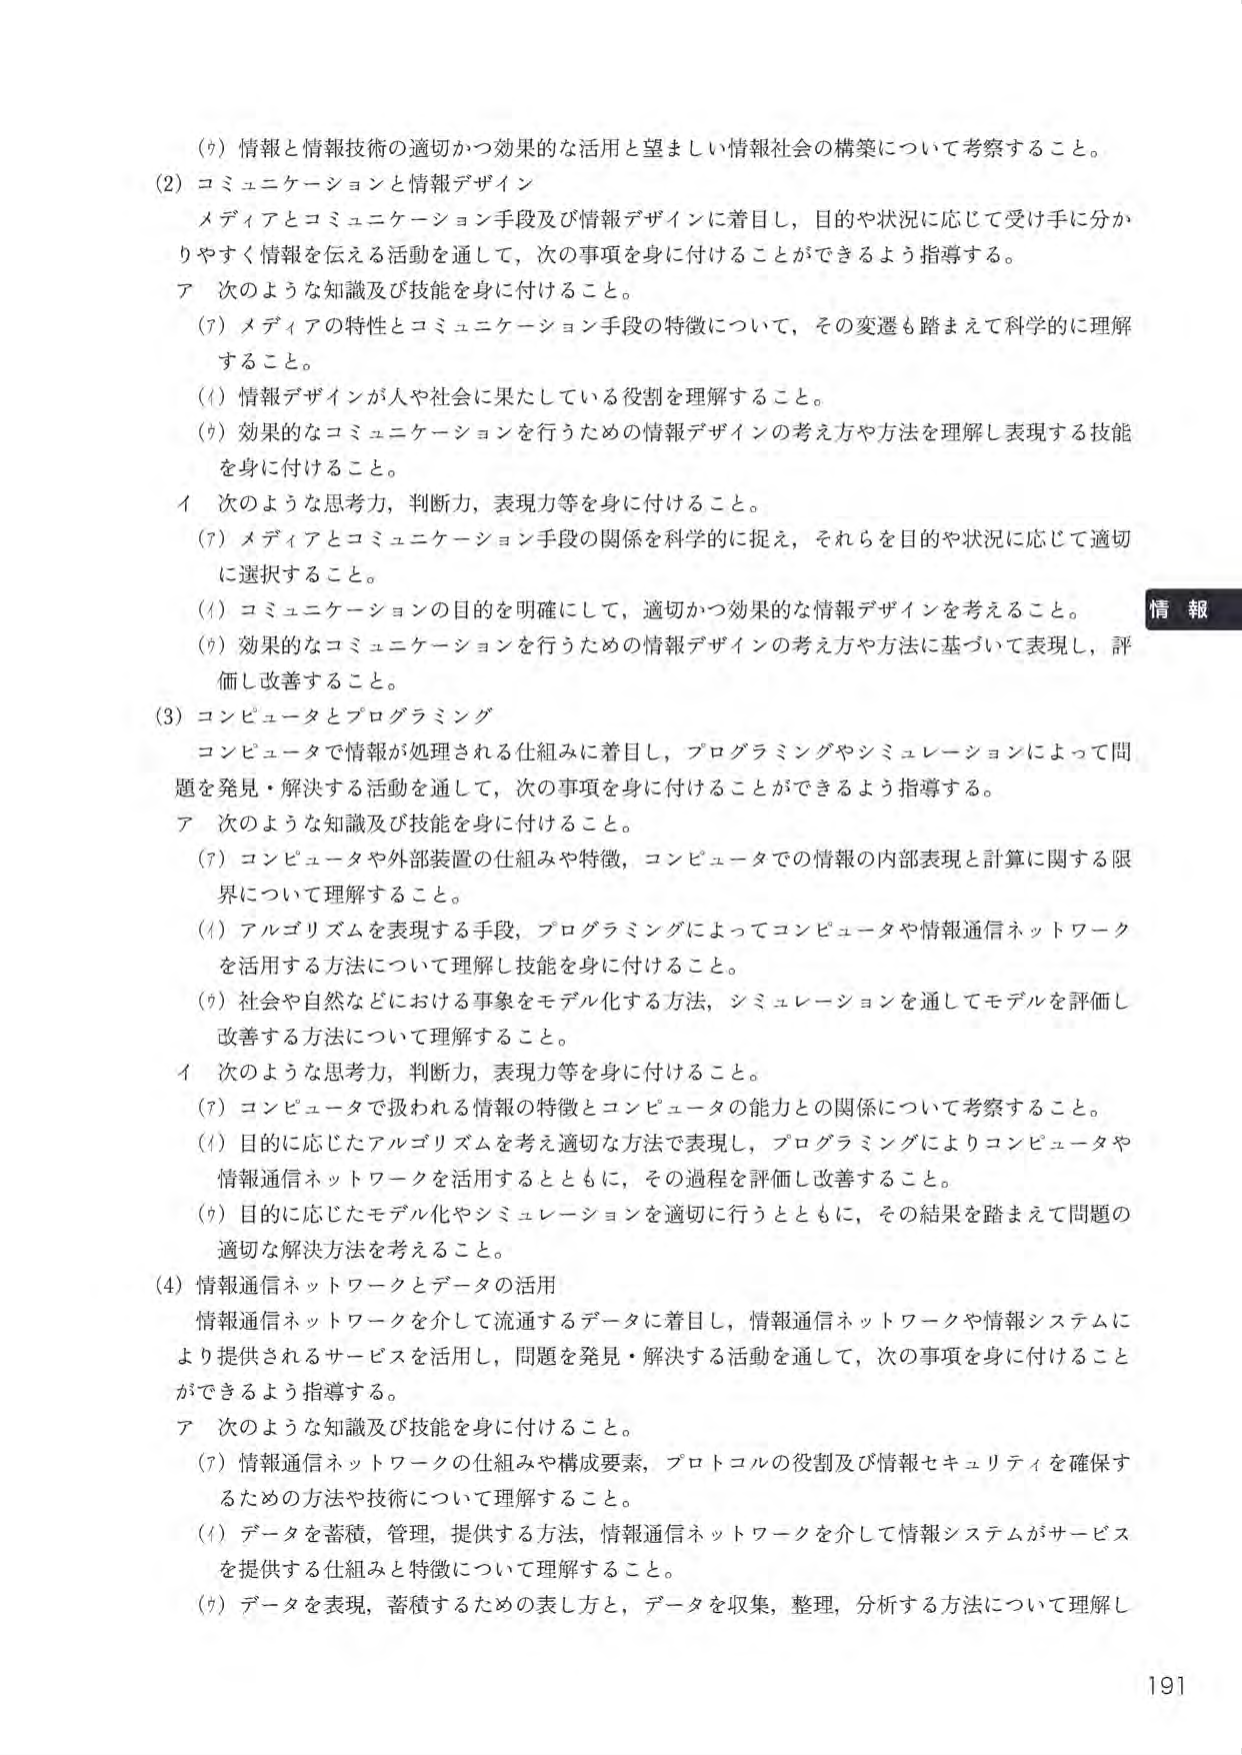
(7) 情報と情報技術の適切かつ効果的な活用と望ましい情報社会の構築について考察すること。

(2) コミュニケーションと情報デザイン
メディアとコミュニケーション手段及び情報デザインに着目し，目的や状況に応じて受け手に分かりやすく情報を伝える活動を通して，次の事項を身に付けることができるよう指導する。
ア 次のような知識及び技能を身に付けること。
　(7) メディアの特性とコミュニケーション手段の特徴について，その変遷も踏まえて科学的に理解すること。
　(4) 情報デザインが人や社会に果たしている役割を理解すること。
　(7) 効果的なコミュニケーションを行うための情報デザインの考え方や方法を理解し表現する技能を身に付けること。
イ 次のような思考力，判断力，表現力等を身に付けること。
　(7) メディアとコミュニケーション手段の関係を科学的に捉え，それらを目的や状況に応じて適切に選択すること。
　(4) コミュニケーションの目的を明確にして，適切かつ効果的な情報デザインを考えること。
　(7) 効果的なコミュニケーションを行うための情報デザインの考え方や方法に基づいて表現し，評価し改善すること。

(3) コンピュータとプログラミング
コンピュータで情報が処理される仕組みに着目し，プログラミングやシミュレーションによって問題を発見・解決する活動を通して，次の事項を身に付けることができるよう指導する。
ア 次のような知識及び技能を身に付けること。
　(7) コンピュータや外部装置の仕組みや特徴，コンピュータでの情報の内部表現と計算に関する限界について理解すること。
　(4) アルゴリズムを表現する手段，プログラミングによってコンピュータや情報通信ネットワークを活用する方法について理解し技能を身に付けること。
　(7) 社会や自然などにおける事象をモデル化する方法，シミュレーションを通してモデルを評価し改善する方法について理解すること。
イ 次のような思考力，判断力，表現力等を身に付けること。
　(7) コンピュータで扱われる情報の特徴とコンピュータの能力との関係について考察すること。
　(4) 目的に応じたアルゴリズムを考え適切な方法で表現し，プログラミングによりコンピュータや情報通信ネットワークを活用するとともに，その過程を評価し改善すること。
　(7) 目的に応じたモデル化やシミュレーションを適切に行うとともに，その結果を踏まえて問題の適切な解決方法を考えること。

(4) 情報通信ネットワークとデータの活用
情報通信ネットワークを介して流通するデータに着目し，情報通信ネットワークや情報システムにより提供されるサービスを活用し，問題を発見・解決する活動を通して，次の事項を身に付けることができるよう指導する。
ア 次のような知識及び技能を身に付けること。
　(7) 情報通信ネットワークの仕組みや構成要素，プロトコルの役割及び情報セキュリティを確保するための方法や技術について理解すること。
　(4) データを蓄積，管理，提供する方法，情報通信ネットワークを介して情報システムがサービスを提供する仕組みと特徴について理解すること。
　(7) データを表現，蓄積するための表し方と，データを収集，整理，分析する方法について理解し

情報
191